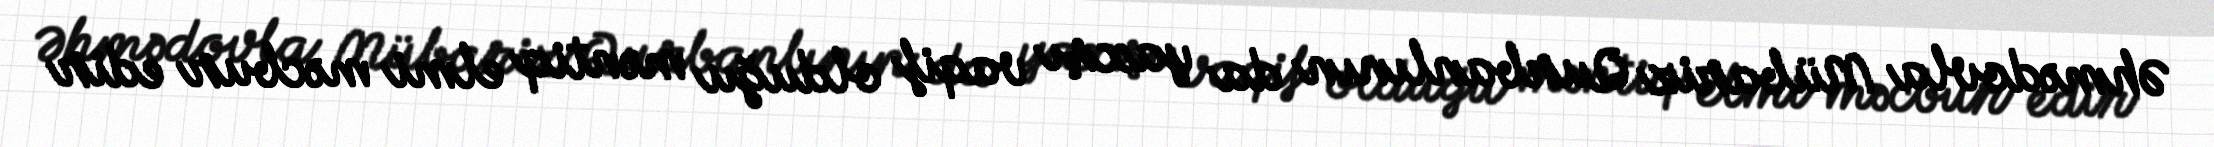
Əhmədovla Mübariz Qurbanlının da yaxşı vaqif olduğu məntiq elmi məcbur edir